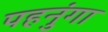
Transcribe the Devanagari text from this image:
पहनुंगा